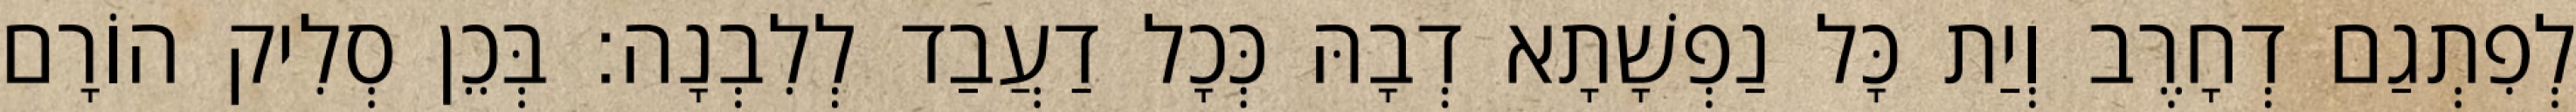
לְפִתְגַם דְחָרֶב וְיַת כָּל נַפְשָׁתָא דְבָהּ כְּכָל דַעֲבַד לְלִבְנָה׃ בְּכֵן סְלִיק הוֹרָם